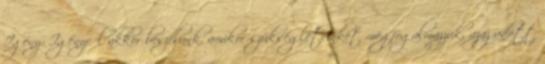
Igény: Igényről akkor beszélünk, amikor szükségleteinket megfogalmazzuk, azaz adott